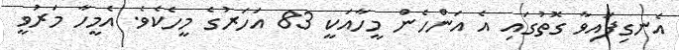
އެނގިފައިވާ ގޮތުގައި އެ އަންހެން މީހާއަކީ 83 އަހަރުގެ މީހެކެވެ. އެމީހާ މަރުވީ